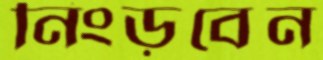
নিংড়বেন